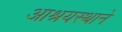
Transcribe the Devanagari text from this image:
आश्रयस्थाने